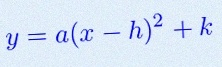
y=a(x-h)^2+k